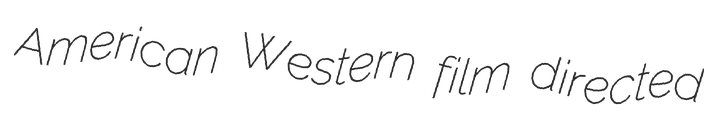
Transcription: American Western film directed